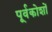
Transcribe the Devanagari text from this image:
पूर्वकोशों